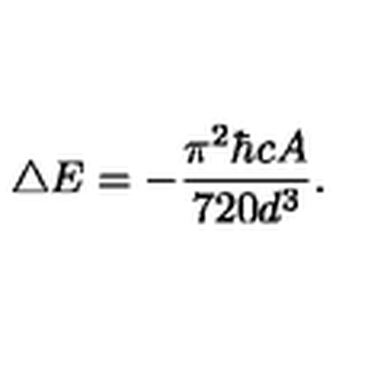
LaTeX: \bigtriangleup E = - { \frac { \pi ^ { 2 } { \hbar } c A } { 7 2 0 d ^ { 3 } } } .